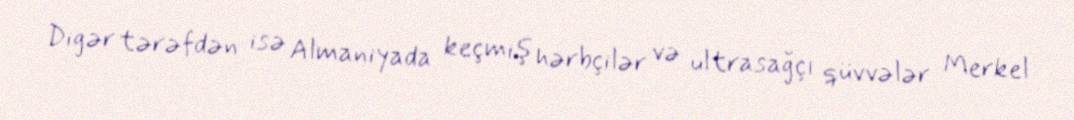
Digər tərəfdən isə Almaniyada keçmiş hərbçilər və ultrasağçı qüvvələr Merkel